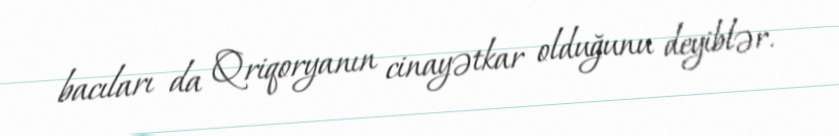
bacıları da Qriqoryanın cinayətkar olduğunu deyiblər.